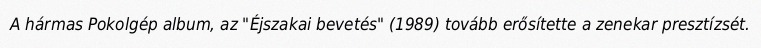
A hármas Pokolgép album, az "Éjszakai bevetés" (1989) tovább erősítette a zenekar presztízsét.